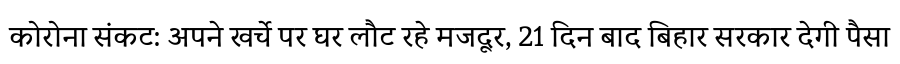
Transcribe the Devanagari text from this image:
कोरोना संकट: अपने खर्चे पर घर लौट रहे मजदूर, 21 दिन बाद बिहार सरकार देगी पैसा